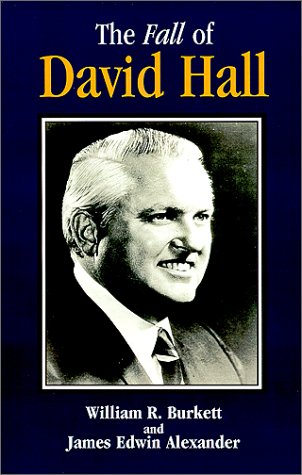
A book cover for The Fall of David Hall; James Edwin Alexander; Law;